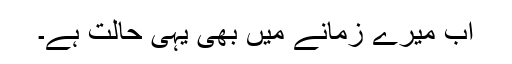
اب میرے زمانے میں بھی یہی حالت ہے۔